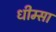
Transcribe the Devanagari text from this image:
धीम्सा